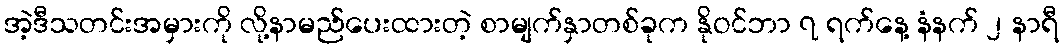
အဲ့ဒီသတင်းအမှားကို လို့နာမည်ပေးထားတဲ့ စာမျက်နှာတစ်ခုက နိုဝင်ဘာ ၇ ရက်နေ့ နံနက် ၂ နာရီ